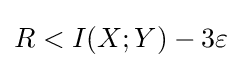
R<I(X;Y)-3\varepsilon